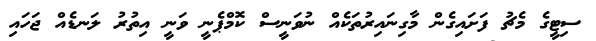
ސިޓީގެ މެޗު ފަށައިގެން މާގިނައިރުތަކެއް ނުވަނީސް ކޮމްޕެނީ ވަނީ އިތުރު ލަނޑެއް ޖަހައި